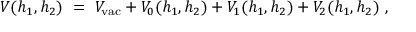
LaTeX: V ( h _ { 1 } , h _ { 2 } ) \ = \ V _ { \mathrm { v a c } } + V _ { 0 } ( h _ { 1 } , h _ { 2 } ) + V _ { 1 } ( h _ { 1 } , h _ { 2 } ) + V _ { 2 } ( h _ { 1 } , h _ { 2 } ) \ ,